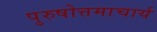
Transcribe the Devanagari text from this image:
पुरुषोत्तमाचार्य